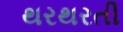
થરથરતી